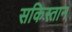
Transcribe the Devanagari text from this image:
सकिस्तान